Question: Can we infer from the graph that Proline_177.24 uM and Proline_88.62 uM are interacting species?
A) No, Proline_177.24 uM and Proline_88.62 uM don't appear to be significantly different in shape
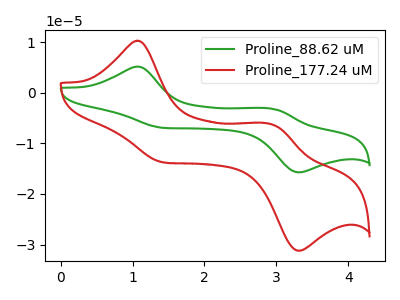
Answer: <think>The green curve "Proline_88.62 uM" has anodic peaks at (1.05V, 5.20uA) (2.95V, -3.15uA) and cathodic peaks at (1.45V, -6.95uA) (3.35V, -15.70uA). The red curve "Proline_177.24 uM" has anodic peaks at (1.05V, 10.30uA) (2.95V, -6.25uA) and cathodic peaks at (1.45V, -13.80uA) (3.35V, -31.20uA).
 All the peaks in "Proline_177.24 uM" have a peak in "Proline_88.62 uM" at the same potential.</think>
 <answer>A) No, "Proline_177.24 uM" and "Proline_88.62 uM" don't appear to be significantly different in shape</answer>
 <eval>A</eval>